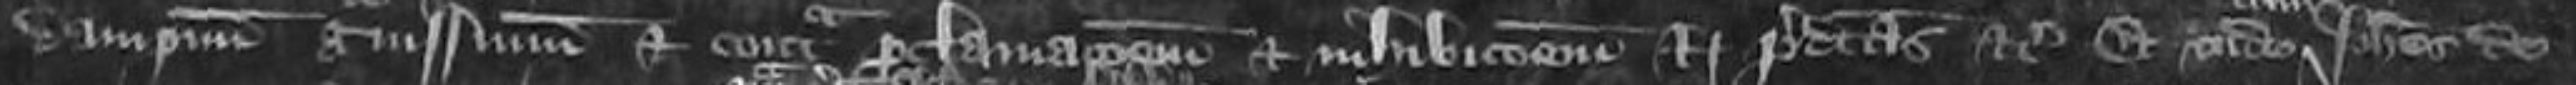
dampnum gravissimum et contra proclamationem et inhibitionem Regis predictas etc Et unde Johannes de